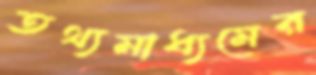
তথ্যমাধ্যমের